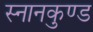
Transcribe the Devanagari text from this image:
स्‍नानकुण्‍ड